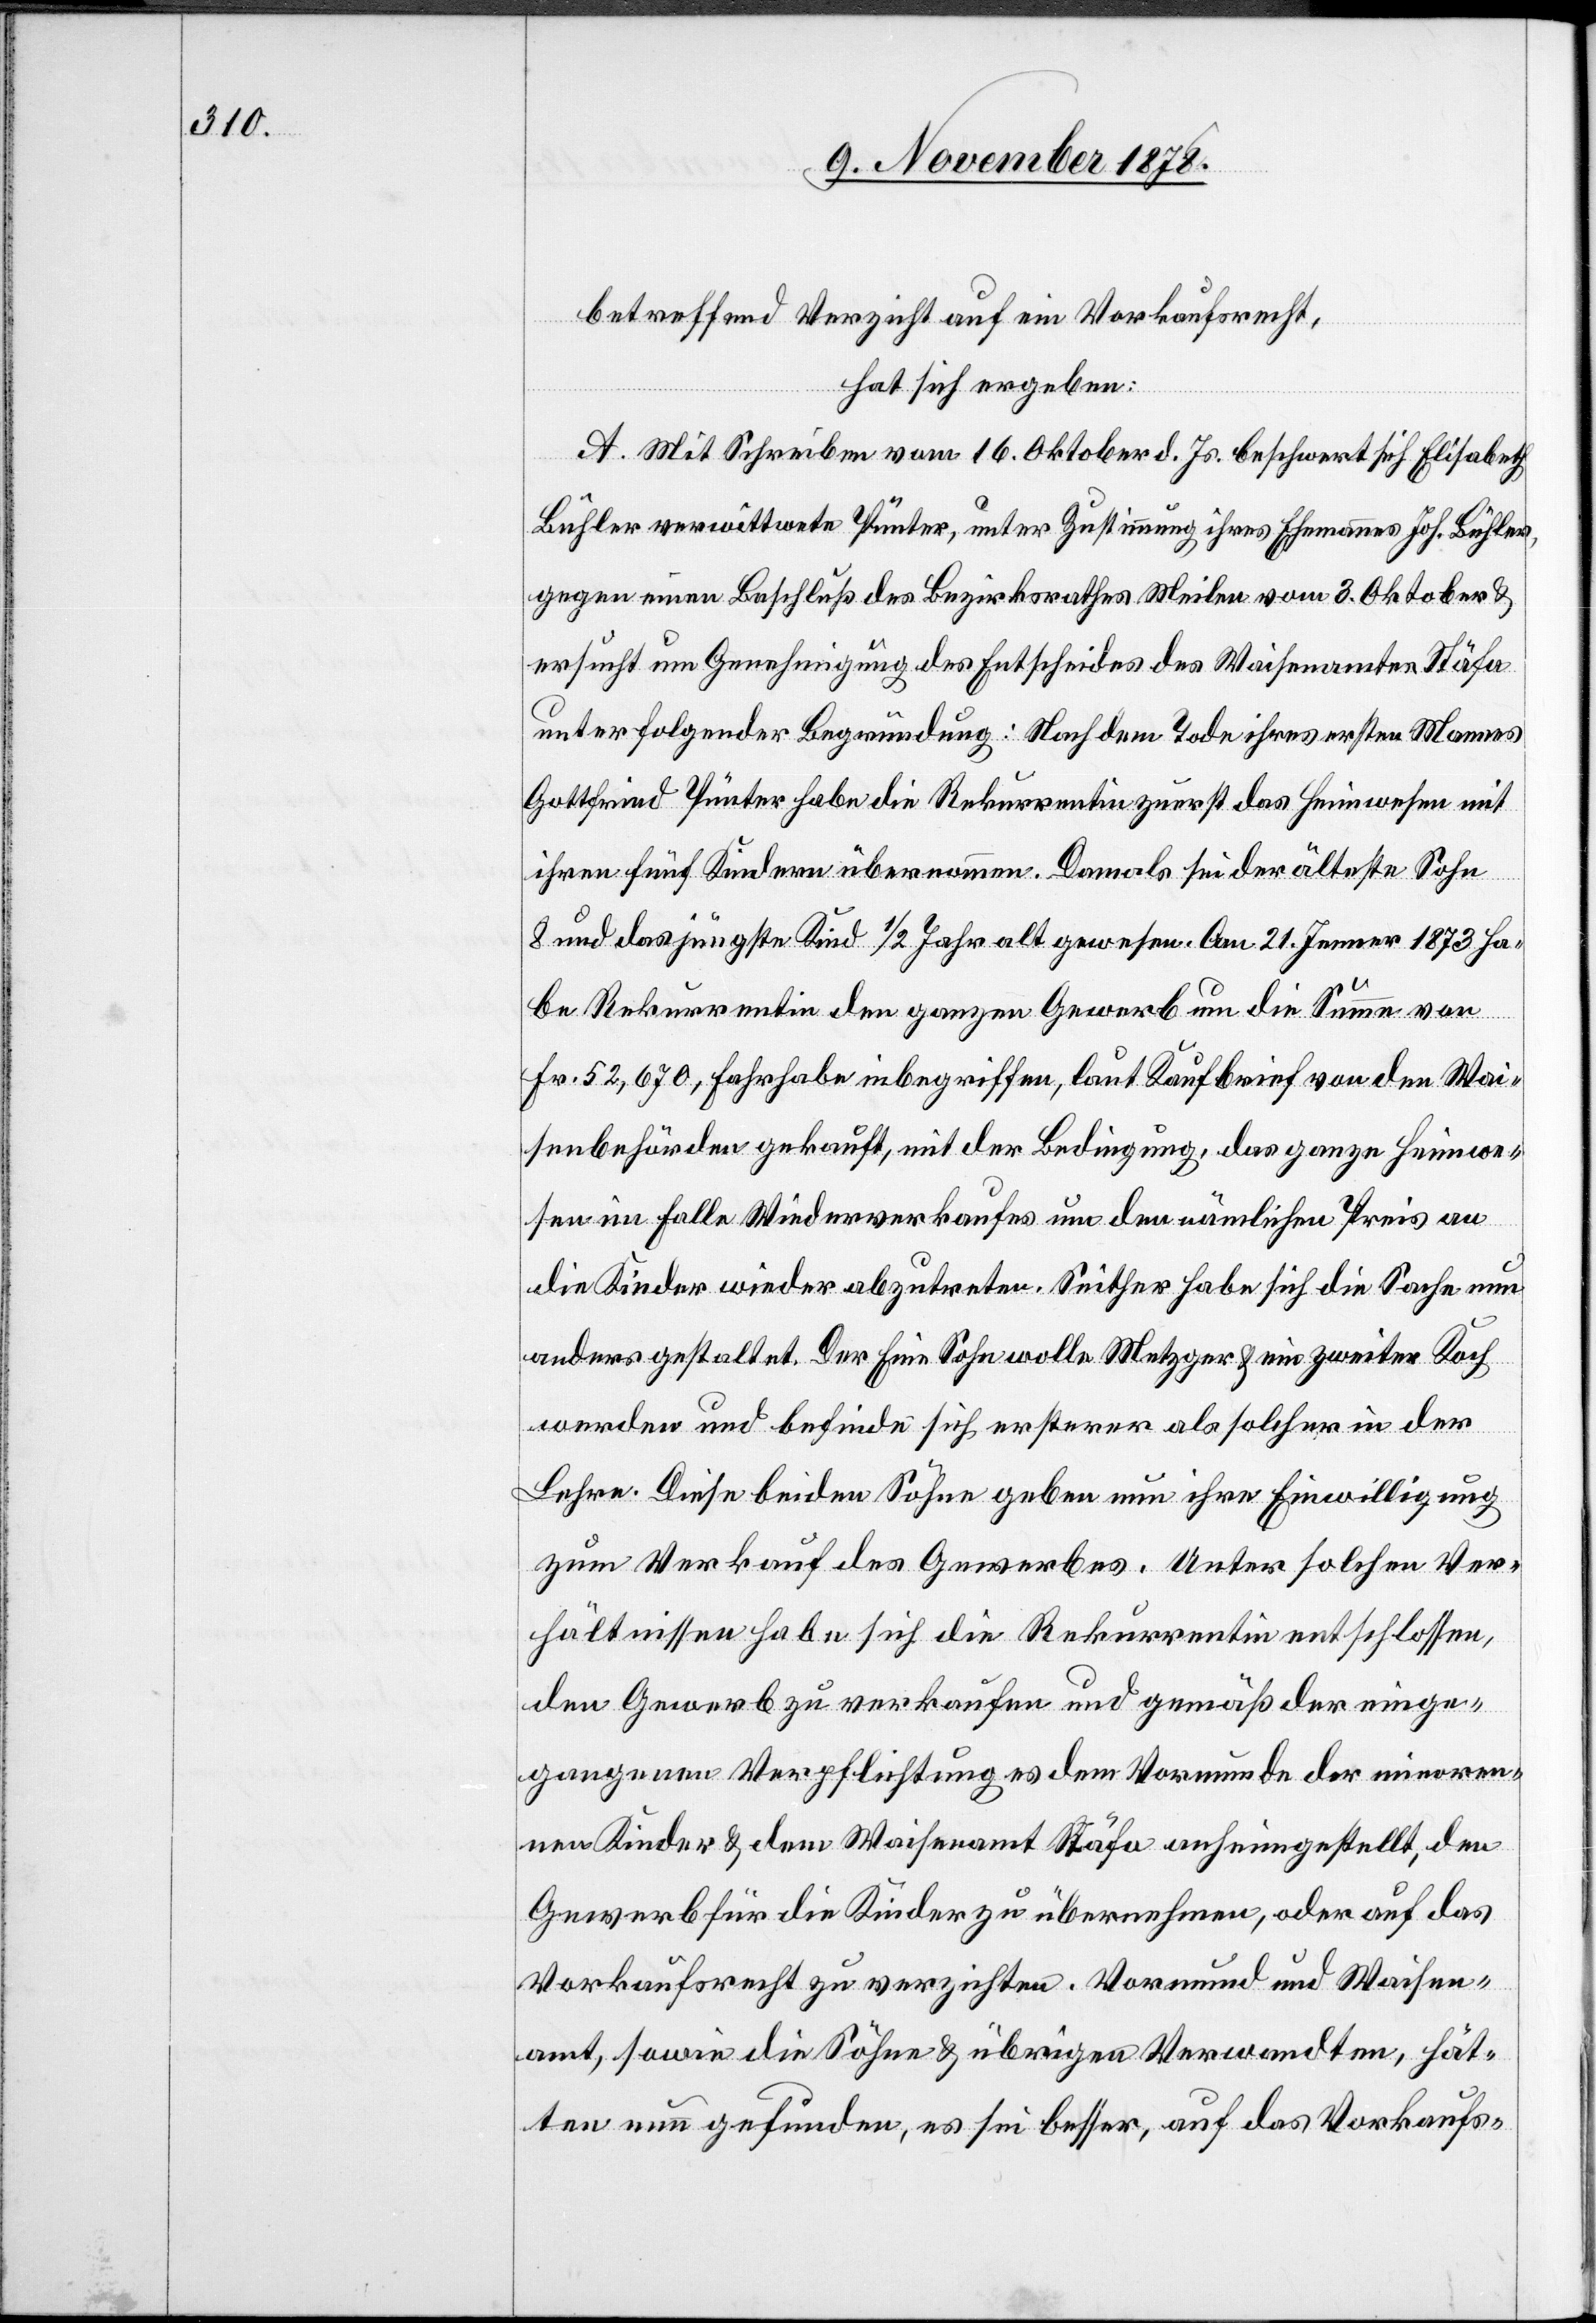
betreffend Verzicht auf ein Vorkaufsrecht,
hat sich ergeben:
A. Mit Schreiben vom 16. Oktober d. Js. beschwert sich Elisabeth
Bühler verwittwete Pünter, unter Zustimmung ihres Ehemannes Joh. Bühler,
gegen einen Beschluß des Bezirksrathes Meilen vom 3. Oktober &
ersucht um Genehmigung des Entscheides des Waisenamtes Stäfa
unter folgender Begründung: Nach dem Tode ihres ersten Mannes
Gottfried Pünter habe die Rekurrentin zurecht das Heimwesen mit
ihren fünf Kindern übernommen. Damals sei der älteste Sohn
8 und das jüngste Kind 1/2 Jahr alt gewesen. Am 21. Jenner 1873 ha¬
be Rekurrentin den ganzen Gewerb um die Summe von
Fr. 52,670, Fahrhabe inbegriffen, laut Kaufbrief von den Wai¬
senbehörden gekauft, mit der Bedingung, das ganze Heimwe¬
sen im Falle Wiederverkaufes um den nämlichen Preis an
die Kinder wieder abzutreten. Seither habe sich die Sache nun
anders gestaltet. Der Eine Sohn wolle Metzger & ein zweiter Koch
werden und befinde sich ersterer als solcher in der
Lehre. Diese beiden Söhne geben nun ihre Einwilligung
zum Verkauf des Gewerbes. Unter solchen Ver¬
hältnissen habe sich die Rekurrentin entschlossen,
den Gewerb zu verkaufen und gemäß der einge¬
gangenen Verpflichtung es dem Vormunde der beiden minoren¬
nen Kinder & dem Waisenamt Stäfa anheimgestellt, den
Gebwerb für die Kinder zu übernehmen, oder auf das
Vorkaufsrecht zu verzichten. Vormund und Waisen¬
amt, sowie die Söhne & übrigen Verwandten, hät¬
ten nun gefunden, es sei besser, auf das Vorkaufs-